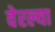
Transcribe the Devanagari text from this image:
वेरल्या